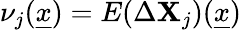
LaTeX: \nu_{j}(\underline{{x}})=E(\Delta\mathbf{X}_{j})(\underline{{x}})